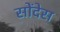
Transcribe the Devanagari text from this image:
सोंदेस